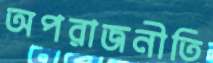
অপরাজনীতি